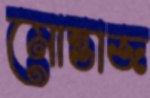
মোন্তাজ